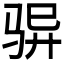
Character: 𮹆